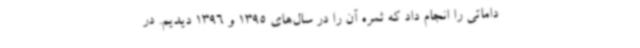
داماتی را انجام داد که ثمره آن را در سال‌های 1395 و 1396 دیدیم. در